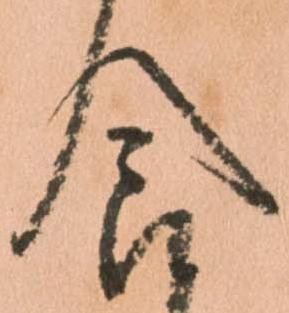
食